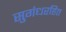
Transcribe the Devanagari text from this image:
सुगंधरहित